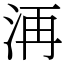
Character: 洅